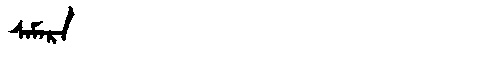
Manchu: ᠰᠠᠮᠠᡵᠠ
Romanization: SAMARA